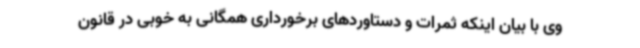
وی با بیان اینکه ثمرات و دستاوردهای برخورداری همگانی به خوبی در قانون